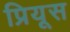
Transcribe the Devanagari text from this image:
प्रियूस